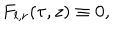
LaTeX: F _ { l , r } ( \tau , z ) \equiv 0 ,